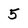
Character: 5